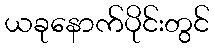
ယခုနောက်ပိုင်းတွင်